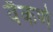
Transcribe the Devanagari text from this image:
वैकर्ण